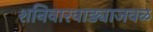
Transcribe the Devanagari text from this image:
शनिवारवाड्याजवळ